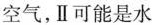
空气，Ⅱ可能是水